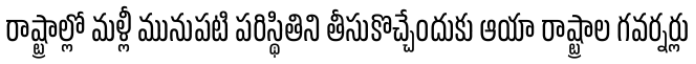
రాష్ట్రాల్లో మళ్లీ మునుపటి పరిస్థితిని తీసుకొచ్చేందుకు ఆయా రాష్ట్రాల గవర్నర్లు